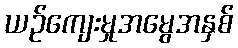
ယဉ်ကျေးမှုအမွေအနှစ်